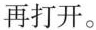
再打开。